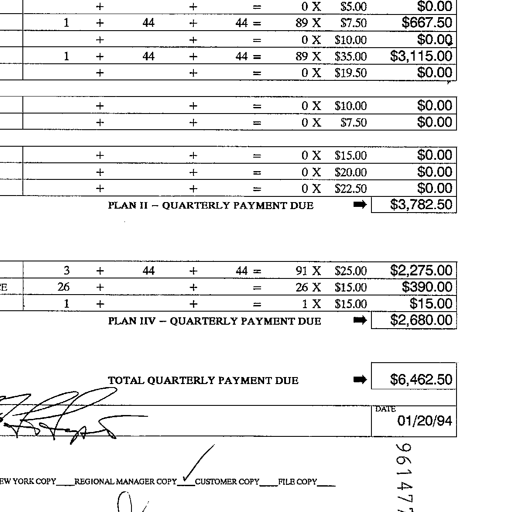
+ + = 0 X $5.00 $0.00
1 + 44 + 44 = 89 X $7.50 $667.50
+ + = 0 X $10.00 $0.00
1 + 44 + 44 = 89 X $35.00 $3,115.00
+ + = 0 X $19.50 $0.00
+ + = 0 X $10.00 $0.00
+ + = 0 X $7.50 $0.00
+ + = 0 X $15.00 $0.00
+ + = 0 X $20.00 $0.00
+ + = 0 X $22.50 $0.00
PLAN II - QUARTERLY PAYMENT DUE $3,782.50
3 + 44 + 44 = 91 X $25.00 $2,275.00
26 + + = 26 X $15.00 $390.00
1 + + = 1 X $15.00 $15.00
PLAN IIV - QUARTERLY PAYMENT DUE $2,680.00
TOTAL QUARTERLY PAYMENT DUE $6,462.50
Z. Steiner
DATE 01/20/94
NEW YORK COPY REGIONAL MANAGER COPY CUSTOMER COPY FILE COPY ✓ 961477